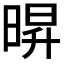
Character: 𭦠